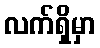
လက်ရှိမှာ